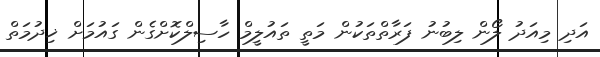
އަދި މިއަދު ލޯން ލިބުނު ފަރާތްތަކުން މަތީ ތައުލީމް ހާސިލްކޮށްގެން ގައުމަށް ޚިދުމަތް